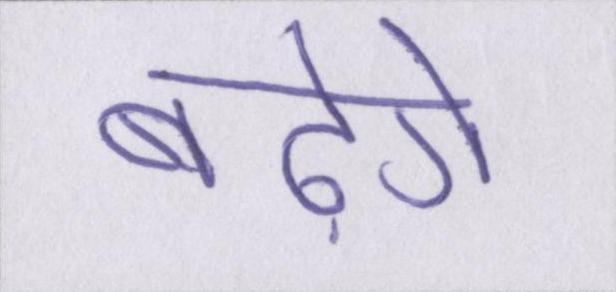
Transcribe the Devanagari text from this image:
बढ़ेंगे